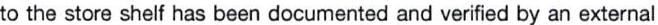
to the store shelf has been documented and verified by an external